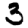
Digit: 3